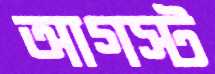
আগস্ট